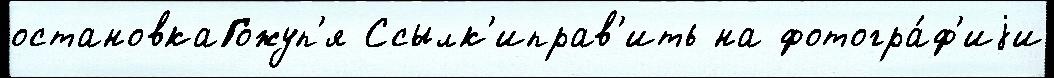
остановкаГожуп'я Ссылк'иправ'ить на фотогра́ф'иjи